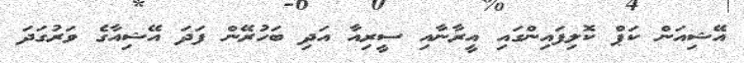
އޭޝިއަން ކަޕް ކޮލިފައިންގައި އީރާނާއި ސީރިއާ އަދި ބަހުރޭން ފަދަ އޭޝިއާގެ ވަރުގަދަ